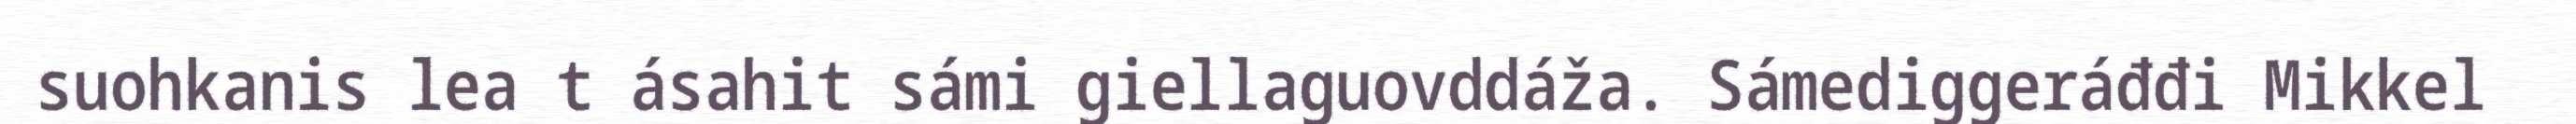
suohkanis lea t ásahit sámi giellaguovddáža. Sámediggeráđđi Mikkel